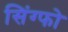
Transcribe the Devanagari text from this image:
सिंग्फो